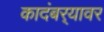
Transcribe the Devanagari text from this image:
कादंबर्‍यावर